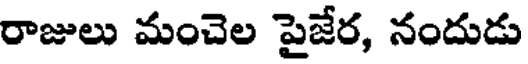
రాజులు మంచెల పైజేర, నందుడు